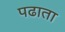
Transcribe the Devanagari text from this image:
पढाता